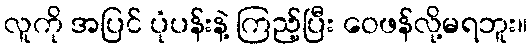
လူကို အပြင် ပုံပန်းနဲ့ ကြည့်ပြီး ဝေဖန်လို့မရဘူး။